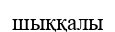
шыққалы